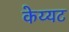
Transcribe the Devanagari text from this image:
केय्यट